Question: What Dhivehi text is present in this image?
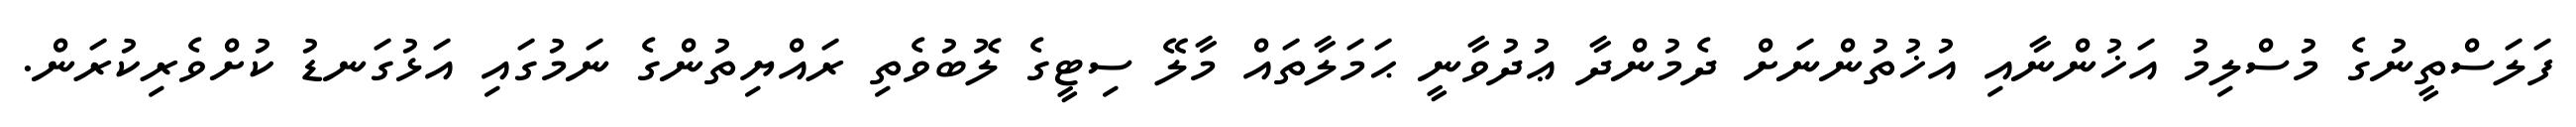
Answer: ފަލަސްތީނުގެ މުސްލިމު އަޚުންނާއި އުޚުތުންނަށް ދެމުންދާ ޢުދުވާނީ ޙަމަލާތައް މާލޭ ސިޓީގެ ލޮބުވެތި ރައްޔިތުންގެ ނަމުގައި އަޅުގަނޑު ކުށްވެރިކުރަން.